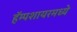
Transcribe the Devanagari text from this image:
हॅम्पशायरमध्ये